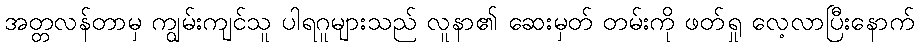
အတ္တလန်တာမှ ကျွမ်းကျင်သူ ပါရဂူများသည် လူနာ၏ ဆေးမှတ် တမ်းကို ဖတ်ရှု လေ့လာပြီးနောက်